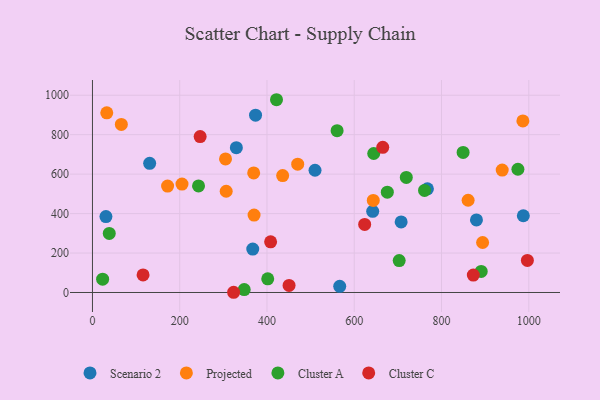
{"axis": {"x": "Study Hours", "y": "Fuel Efficiency"}, "legend": ["Cluster A", "Cluster C", "Projected", "Scenario 2"], "data": [{"x": "642.3", "y": 411.6, "type": "Scenario 2"}, {"x": "767.7", "y": 525.7, "type": "Scenario 2"}, {"x": "329.8", "y": 733.9, "type": "Scenario 2"}, {"x": "373.8", "y": 899.0, "type": "Scenario 2"}, {"x": "707.5", "y": 357.5, "type": "Scenario 2"}, {"x": "510.1", "y": 619.5, "type": "Scenario 2"}, {"x": "131.1", "y": 654.6, "type": "Scenario 2"}, {"x": "566.7", "y": 31.5, "type": "Scenario 2"}, {"x": "987.5", "y": 388.9, "type": "Scenario 2"}, {"x": "30.9", "y": 384.9, "type": "Scenario 2"}, {"x": "367.4", "y": 220.2, "type": "Scenario 2"}, {"x": "880.1", "y": 368.0, "type": "Scenario 2"}, {"x": "370.4", "y": 392.4, "type": "Projected"}, {"x": "470.4", "y": 650.3, "type": "Projected"}, {"x": "306.5", "y": 513.2, "type": "Projected"}, {"x": "861.0", "y": 467.6, "type": "Projected"}, {"x": "66.2", "y": 851.9, "type": "Projected"}, {"x": "305.0", "y": 676.8, "type": "Projected"}, {"x": "369.5", "y": 606.0, "type": "Projected"}, {"x": "894.2", "y": 253.4, "type": "Projected"}, {"x": "172.2", "y": 539.5, "type": "Projected"}, {"x": "435.9", "y": 592.4, "type": "Projected"}, {"x": "32.8", "y": 910.8, "type": "Projected"}, {"x": "205.2", "y": 549.5, "type": "Projected"}, {"x": "643.6", "y": 466.8, "type": "Projected"}, {"x": "939.1", "y": 620.3, "type": "Projected"}, {"x": "986.5", "y": 869.6, "type": "Projected"}, {"x": "703.0", "y": 161.8, "type": "Cluster A"}, {"x": "761.1", "y": 517.4, "type": "Cluster A"}, {"x": "560.7", "y": 820.0, "type": "Cluster A"}, {"x": "975.1", "y": 624.6, "type": "Cluster A"}, {"x": "347.8", "y": 14.6, "type": "Cluster A"}, {"x": "421.8", "y": 977.1, "type": "Cluster A"}, {"x": "23.3", "y": 67.6, "type": "Cluster A"}, {"x": "719.3", "y": 583.1, "type": "Cluster A"}, {"x": "849.5", "y": 709.9, "type": "Cluster A"}, {"x": "38.5", "y": 299.2, "type": "Cluster A"}, {"x": "644.6", "y": 704.5, "type": "Cluster A"}, {"x": "891.0", "y": 106.7, "type": "Cluster A"}, {"x": "675.8", "y": 508.5, "type": "Cluster A"}, {"x": "401.7", "y": 69.2, "type": "Cluster A"}, {"x": "243.1", "y": 540.1, "type": "Cluster A"}, {"x": "246.8", "y": 790.3, "type": "Cluster C"}, {"x": "323.5", "y": 1.1, "type": "Cluster C"}, {"x": "872.9", "y": 88.2, "type": "Cluster C"}, {"x": "408.3", "y": 257.0, "type": "Cluster C"}, {"x": "996.8", "y": 162.4, "type": "Cluster C"}, {"x": "623.9", "y": 345.1, "type": "Cluster C"}, {"x": "665.3", "y": 735.9, "type": "Cluster C"}, {"x": "450.6", "y": 35.7, "type": "Cluster C"}, {"x": "116.0", "y": 89.2, "type": "Cluster C"}]}